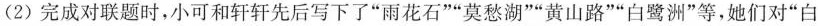
(2)完成对联题时，小可和轩轩先后写下了”雨花石””莫愁湖””黄山路””白